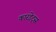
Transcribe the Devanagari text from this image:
कारडेट्स